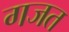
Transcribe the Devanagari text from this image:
गजत